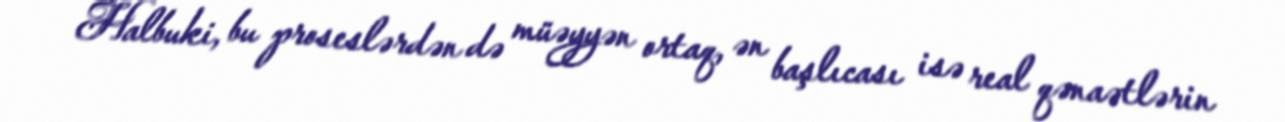
Halbuki, bu proseslərdən də müəyyən ortaq, ən başlıcası isə real qənaətlərin